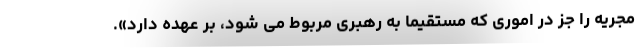
مجریه را جز در اموری که مستقیماً به رهبری مربوط می شود، بر عهده دارد».